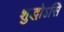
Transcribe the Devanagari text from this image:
शुद्धोऽसि